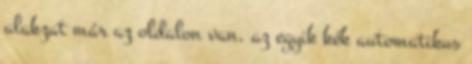
alakzat már az oldalon van, az egyik kék automatikus